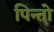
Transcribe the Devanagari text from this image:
पिन्तो